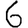
Digit: 6